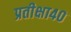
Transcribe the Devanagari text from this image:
प्रतीक्षा४०